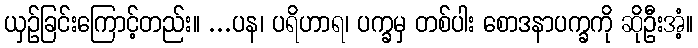
ယှဉ်ခြင်းကြောင့်တည်း။ ...ပန၊ ပရိဟာရ၊ ပက္ခမှ တစ်ပါး စောဒနာပက္ခကို ဆိုဦးအံ့။